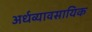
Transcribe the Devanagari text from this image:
अर्धव्यावसायिक